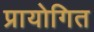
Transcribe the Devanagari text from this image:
प्रायोगित